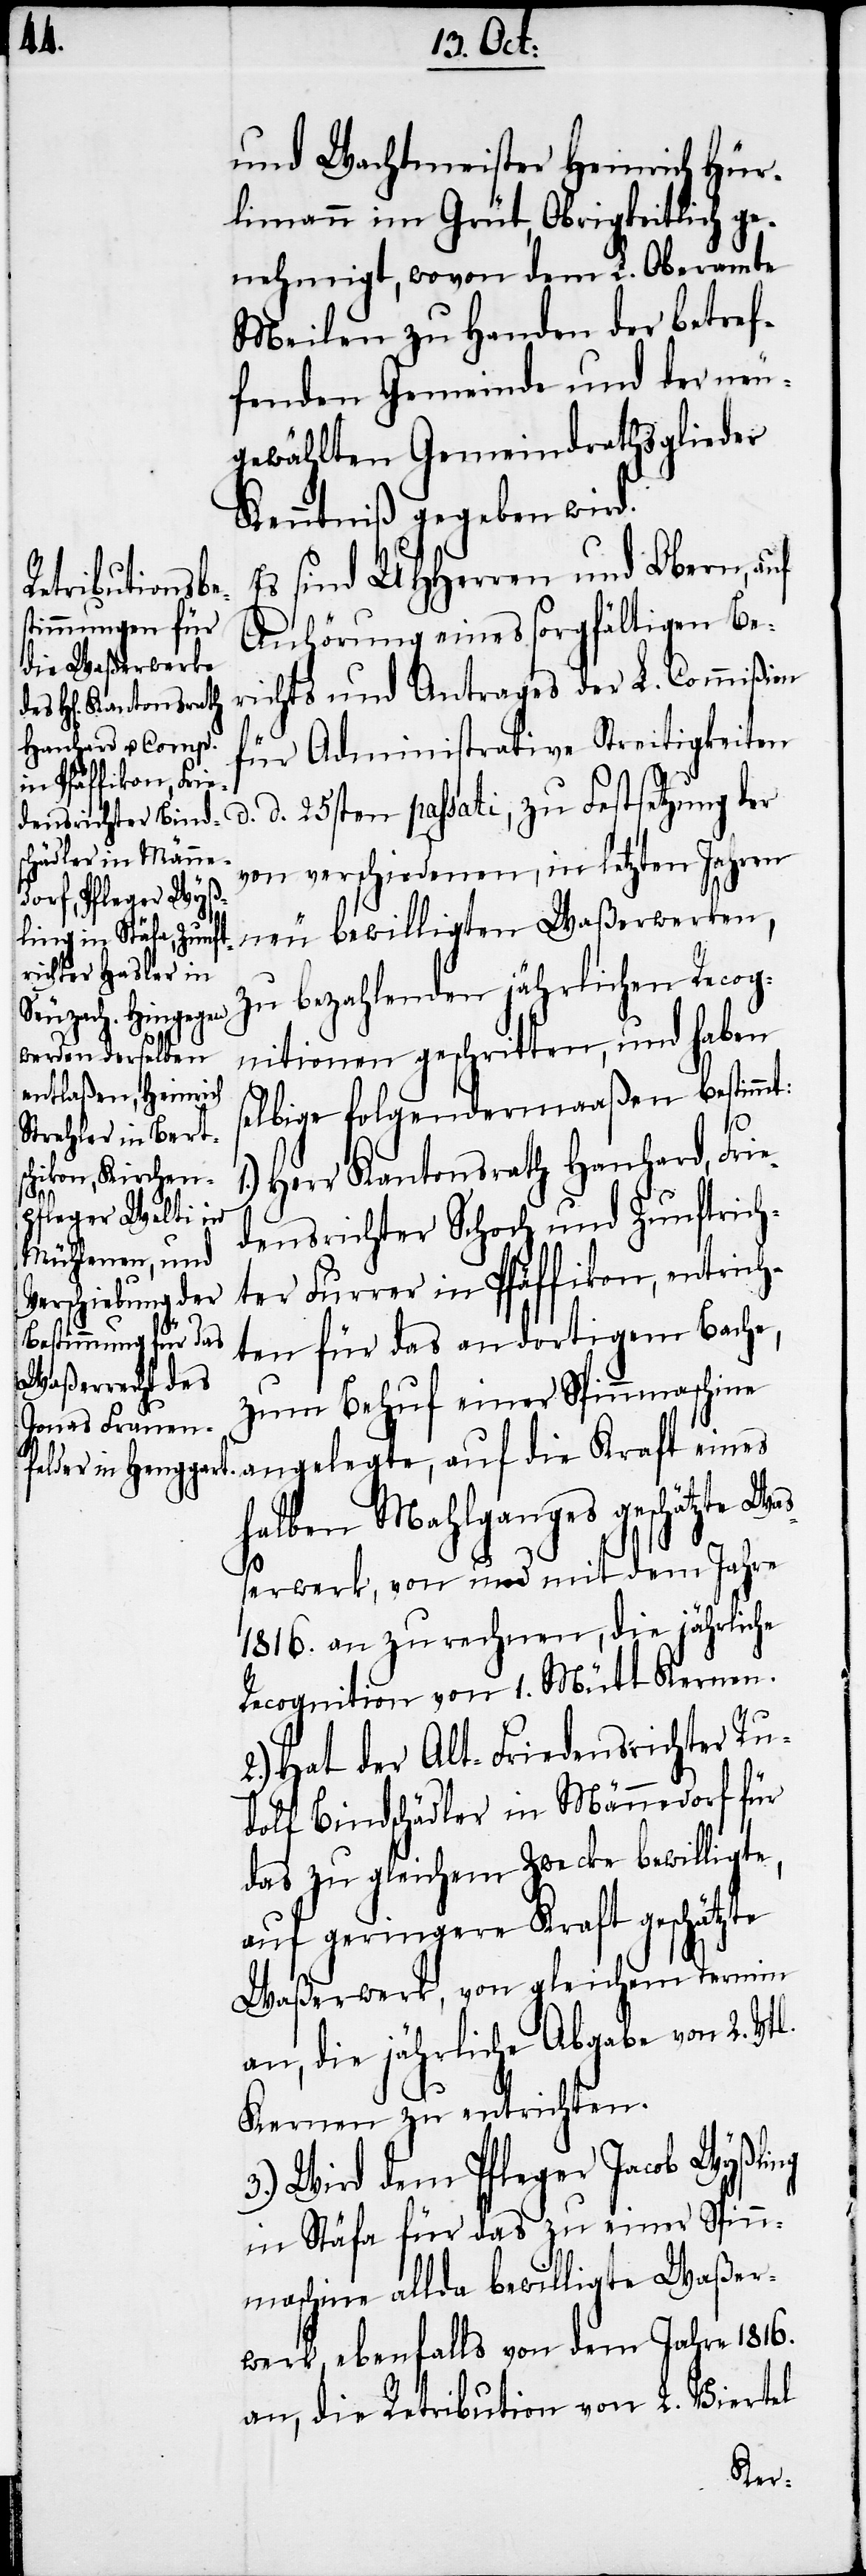
d. d.

und Wachtmeister Heinrich Hür¬
limann im Grüt, Obrigkeitlich ge¬
nehmigt, wovon dem L. Oberamte
Meilen zu Handen der betref¬
fenden Gemeinde und der neu¬
gewählten Gemeindrathsglieder
Kenntniß gegeben wird.
Es sind UHHerren und Obern, auf
Anhörung eines sorgfältigen Be¬
richts und Antrages der L. Commißion
für Administrative Streitigkeiten
von verschiedenen, in letzten Jahren
neu bewilligten Waßerwerken,
zu bezahlenden jährlichen Recog¬
nitionen geschritten, und haben
selbige folgendermaaßen bestimmt:
Herr Kantonsrath Hanhard, Frie¬
densrichter Schoch und Zunftrich¬
ter Furrer in Pfäffikon, entrich¬
ten für das an dortigem Bache,
zum Behuf einer Spinnmaschine
angelegte, auf die Kraft eines
Festsetzung der
halben Mahlganges geschätzte Wa¬
ßerwerk, von und mit dem Jahre
1816. an zu rechnen, die jährliche
Recognition von 1. Mütt Kernen.
2.) Hat der Alt-Friedensrichter Ru¬
dolf Bindschädler in Männedorf für
das zu gleichem Zwecke bewilligte,
auf geringere Kraft geschätzte
Waßerwerk, von gleichem Termin
an, die jährliche Abgabe von 2. Vtl.
Kernen zu entrichten.
3.) Wird dem Pfleger Jacob Wyßling
in Stäfa für das zu einer Spin¬
nmaschine allda bewilligte Waßer¬
werk, ebenfalls von dem Jahre 1816.
an, die Retribution von 2. Viertel